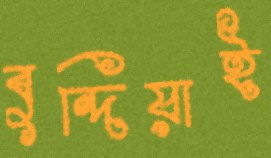
বুন্দিয়াই